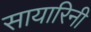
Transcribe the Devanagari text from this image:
सायारिनी